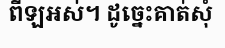
ពីឡអស់។ ដូច្នេះគាត់សុំ